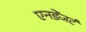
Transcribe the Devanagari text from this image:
एनडेंजर्ट